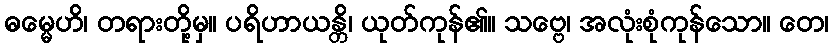
ဓမ္မေဟိ၊ တရားတို့မှ။ ပရိဟာယန္တိ၊ ယုတ်ကုန်၏။ သဗ္ဗေ၊ အလုံးစုံကုန်သော။ တေ၊